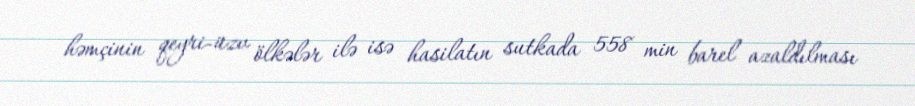
həmçinin qeyri-üzv ölkələr ilə isə hasilatın sutkada 558 min barel azaldılması